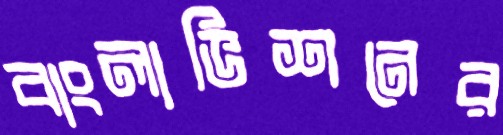
বাংলাভিশনের